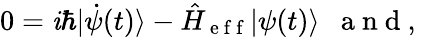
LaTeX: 0=\mathit{i}\hbar|\dot{{\psi}}(t)\rangle-\hat{{H}}_{\mathrm{{~e~f~f~}}}|\psi(t)\rangle\mathrm{{~\ \ a~n~d~,~}}